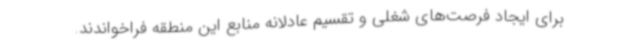
برای ایجاد فرصت‌های شغلی و تقسیم عادلانه منابع این منطقه فراخواندند.